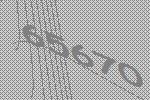
65670